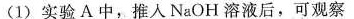
(1)实验A中，推入NaOH溶液后，可观察